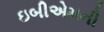
ઇબીએમની